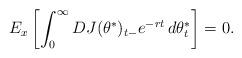
LaTeX: \begin{align*}E_x\left[ \int_{0}^{\infty}DJ(\theta^{\ast})_{t-}e^{-rt}\,d\theta _{t}^{\ast} \right] =0 . \end{align*}